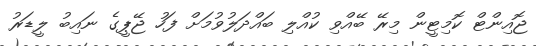
ޖޮއިންޓް ކޮމިޓީން މިރޭ ބޭއްވި ކުއްލި ބައްދަލުވުމަށް ފަހު ޖޭޕީގެ ނައިބު ލީޑަރު